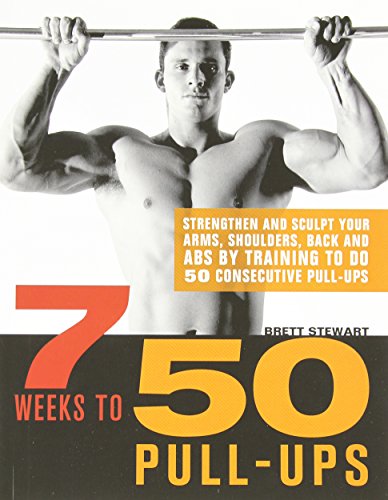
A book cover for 7 Weeks to 50 Pull-Ups: Strengthen and Sculpt Your Arms, Shoulders, Back, and Abs by Training to Do 50 Consecutive Pull-Ups; Brett Stewart; Health, Fitness & Dieting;